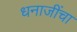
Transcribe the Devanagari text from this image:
धनाजींचा